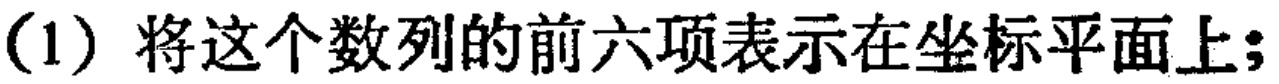
(1) 将这个数列的前六项表示在坐标平面上;